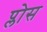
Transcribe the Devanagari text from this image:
प्लोस